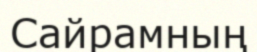
Сайрамның